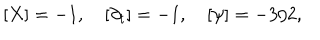
[ X ] = - 1 , \quad [ \partial _ { t } ] = - 1 , \quad [ \psi ] = - 3 / 2 ,